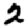
Digit: 2